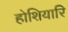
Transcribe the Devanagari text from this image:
होशियारि